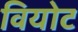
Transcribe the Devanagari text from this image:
वियोट